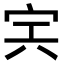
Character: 𡧢